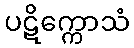
ပဋိက္ကောသံ